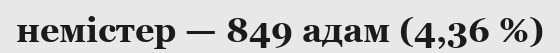
немістер — 849 адам (4,36 %)